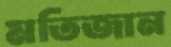
মতিজান